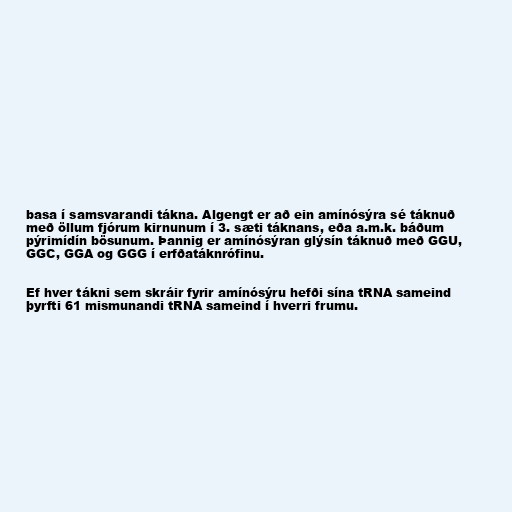
basa í samsvarandi tákna. Algengt er að ein amínósýra sé táknuð
með öllum fjórum kirnunum í 3. sæti táknans, eða a.m.k. báðum
pýrimídín bösunum. Þannig er amínósýran glýsín táknuð með GGU,
GGC, GGA og GGG í erfðatáknrófinu.

Ef hver tákni sem skráir fyrir amínósýru hefði sína tRNA sameind
þyrfti 61 mismunandi tRNA sameind í hverri frumu.